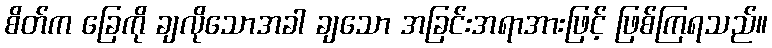
စိတ်က ခြေကို ချလိုသောအခါ ချသော အခြင်းအရာအားဖြင့် ဖြစ်ကြရသည်။